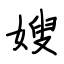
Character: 嫂